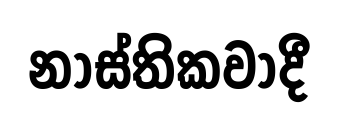
නාස්තිකවාදී